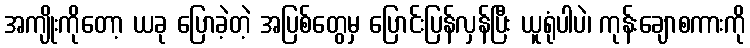
အကျိုးကိုတော့ ယခု ပြောခဲ့တဲ့ အပြစ်တွေမှ ပြောင်းပြန်လှန်ပြီး ယူရုံပါပဲ၊ ကုန်းချောစကားကို